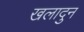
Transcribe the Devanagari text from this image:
खलादुन